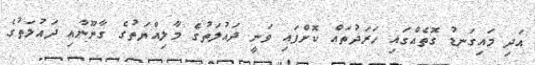
އަދި މައިގަނޑު ގޮތެއްގައި ހަރަދުތައް ކޮށްފައި ވަނީ ދައުލަތުގެ މާލިއްޔަތުގެ ގާނޫނާއި ދައުލަތުގެ